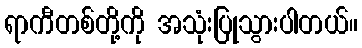
ရာကီတစ်တို့ကို အသုံးပြုသွားပါတယ်။